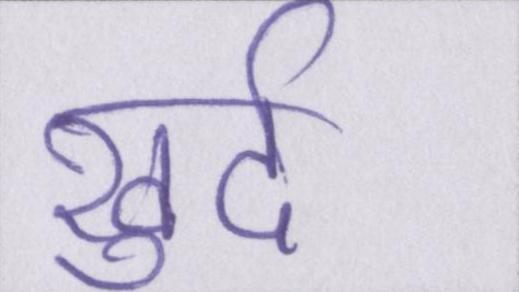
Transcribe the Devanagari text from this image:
खुर्द